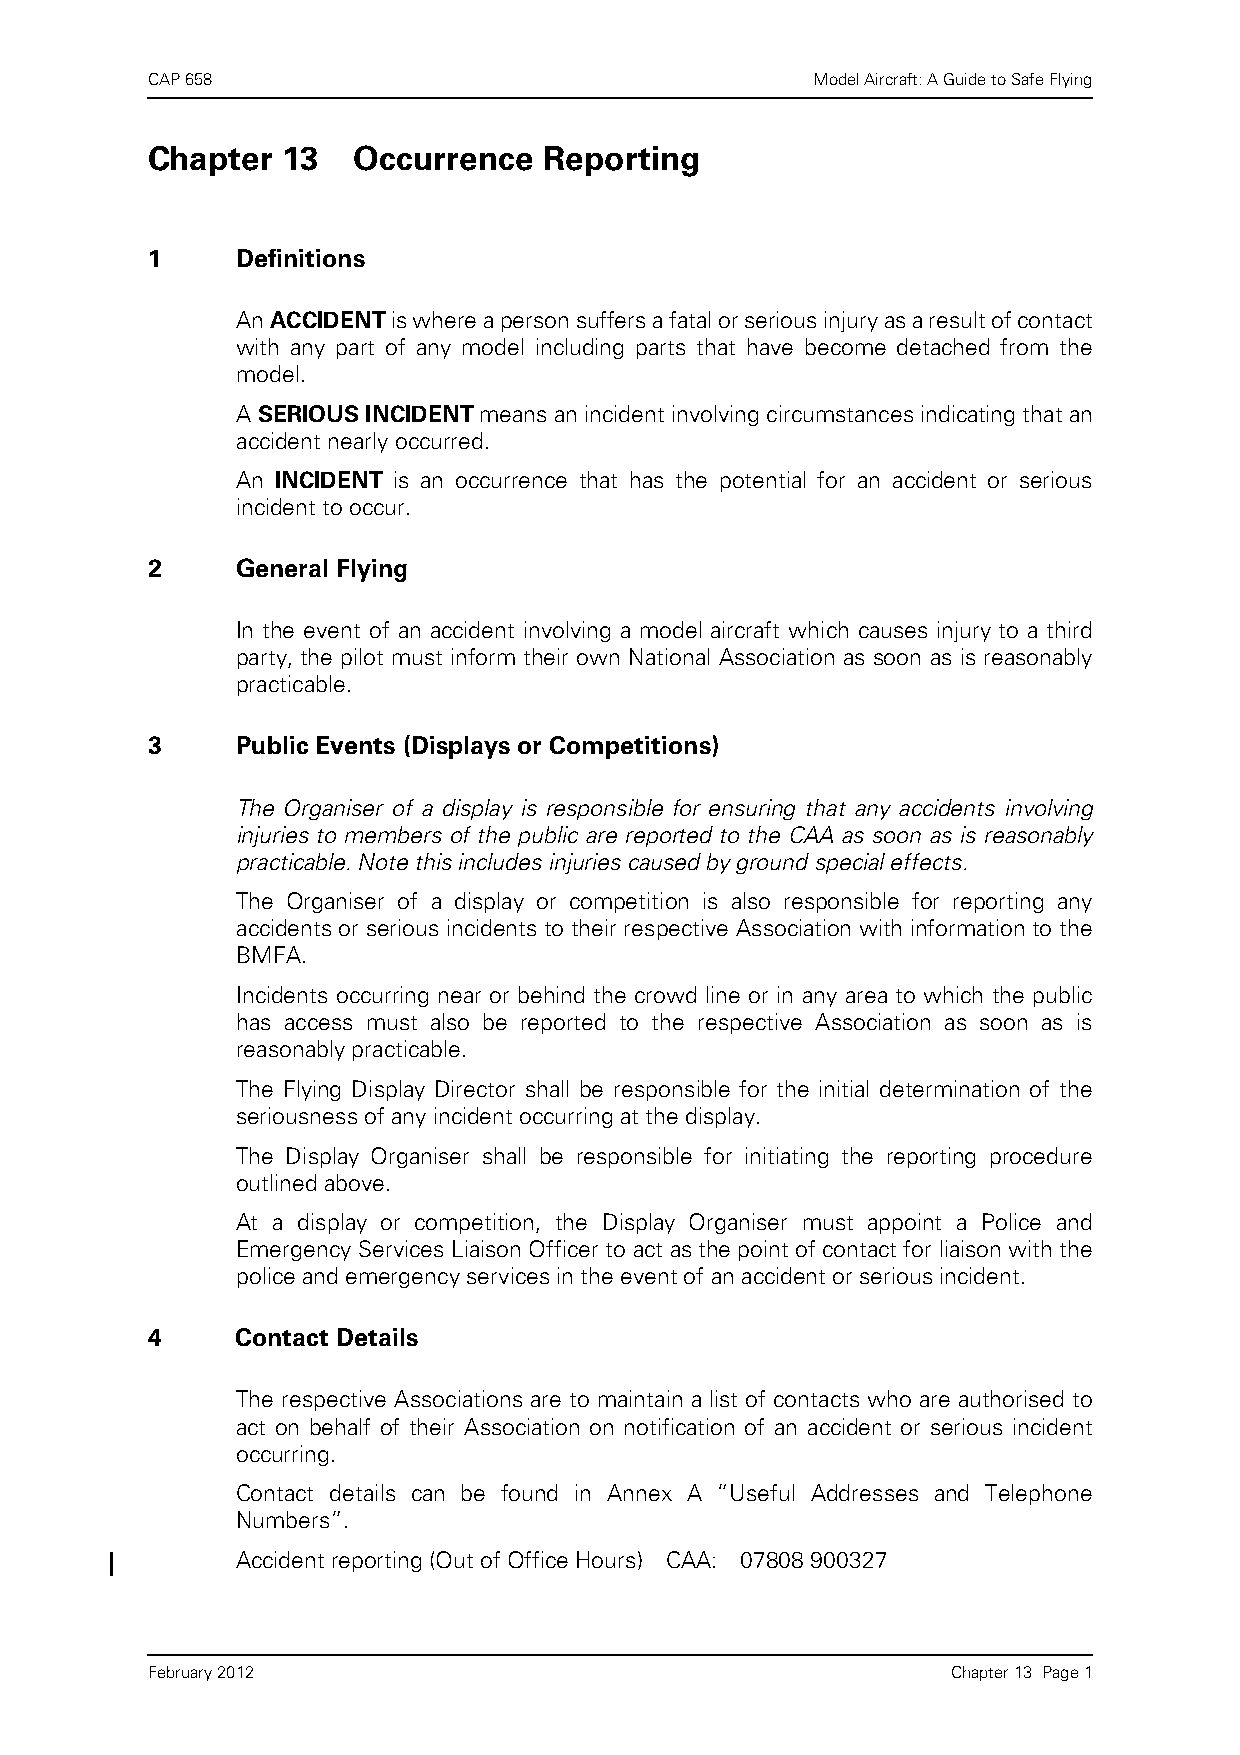
CAP 658                                     Model Aircraft: A Guide to Safe Flying
 Chapter  13  Occurrence   Reporting
 1     Definitions
 An ACCIDENT is where a person suffers a fatal or serious injury as a result of contact
 with any part of any model including parts that have become detached from the
 model.
 A SERIOUS INCIDENT means an incident involving circumstances indicating that an
 accident nearly occurred.
 An INCIDENT is an occurrence that has the potential for an accident or serious
 incident to occur.
 2     General Flying
 In the event of an accident involving a model aircraft which causes injury to a third
 party, the pilot must inform their own National Association as soon as is reasonably
 practicable.
 3     Public Events (Displays or Competitions)
 The Organiser of a display is responsible for ensuring that any accidents involving
 injuries to members of the public are reported to the CAA as soon as is reasonably
 practicable. Note this includes injuries caused by ground special effects.
 The Organiser of a display or competition is also responsible for reporting any
 accidents or serious incidents to their respective Association with information to the
 BMFA.
 Incidents occurring near or behind the crowd line or in any area to which the public
 has access must also be reported to the respective Association as soon as is
 reasonably practicable.
 The Flying Display Director shall be responsible for the initial determination of the
 seriousness of any incident occurring at the display.
 The Display Organiser shall be responsible for initiating the reporting procedure
 outlined above.
 At a display or competition, the Display Organiser must appoint a Police and
 Emergency Services Liaison Officer to act as the point of contact for liaison with the
 police and emergency services in the event of an accident or serious incident.
 4     Contact Details
 The respective Associations are to maintain a list of contacts who are authorised to
 act on behalf of their Association on notification of an accident or serious incident
 occurring.
 Contact details can be found in Annex A “Useful Addresses and Telephone
 Numbers”.
 Accident reporting (Out of Office Hours) CAA: 07808 900327
 February 2012                                        Chapter 13 Page 1